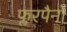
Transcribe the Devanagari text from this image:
फ्लरपैनों